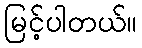
မြင့်ပါတယ်။